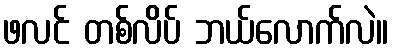
ဖလင် တစ်လိပ် ဘယ်လောက်လဲ။